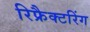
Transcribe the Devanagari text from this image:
रिफ्रैक्टरिंग